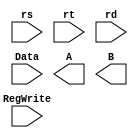
module RegisterFile_bit32(rs, rt, rd, Data, A, B, RegWrite);
	input [4:0] rs, rt, rd;
	input RegWrite;
	input [31:0] Data;
	output [31:0] A, B;
	
endmodule